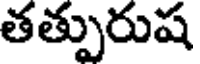
తత్పురుష